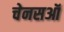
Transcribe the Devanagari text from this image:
चेनसऑ